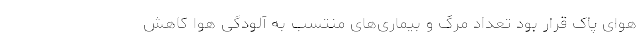
هوای پاک قرار بود تعداد مرگ و بیماری‌های منتسب به آلودگی هوا کاهش